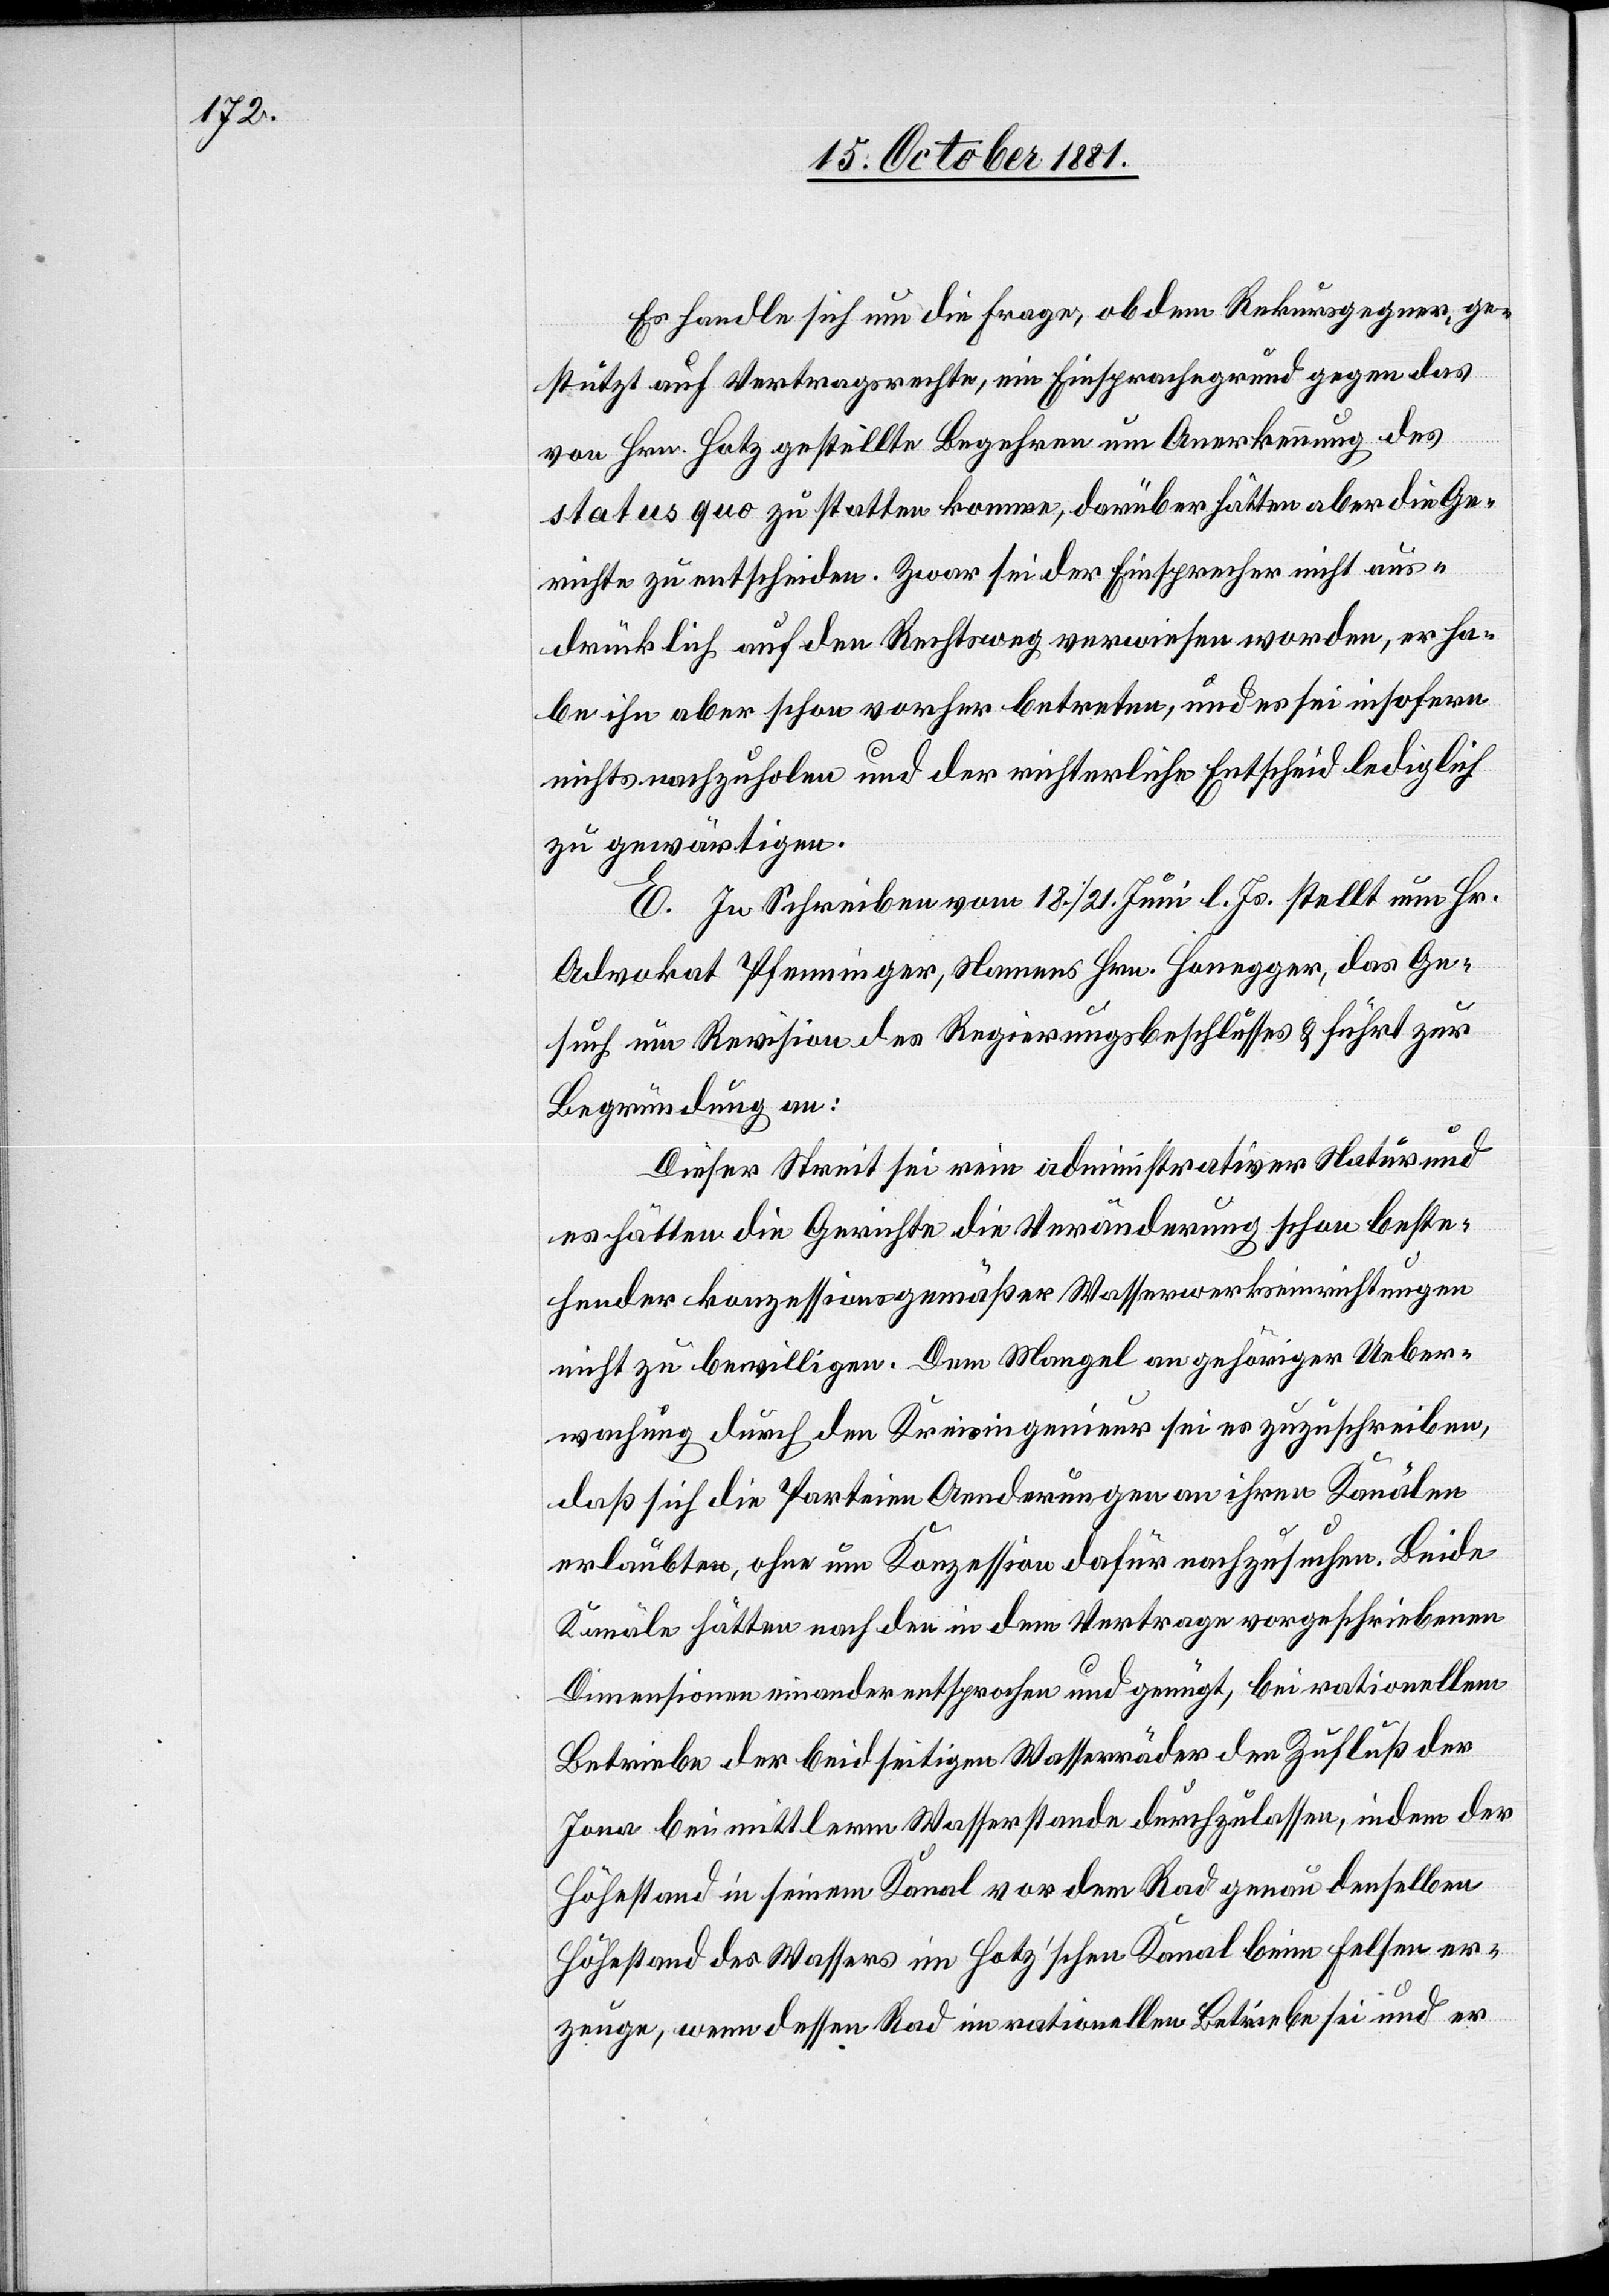
Es handle sich um die Frage, ob dem Rekursgegner, ge¬
stützt auf Vertragsrechte, ein Einsprachegrund gegen das
von Hrn. Hotz gestellte Begehren um Anerkennung des
status quo zustatten komme, darüber hätten aber die Ge¬
richte zu entscheiden. Zwar sei der Einsprecher nicht aus¬
drücklich auf den Rechtsweg verwiesen worden, er ha¬
be ihn aber schon vorher betreten, und es sei insofern
nichts nachzuholen und der richterliche Entscheid lediglich
zu gewärtigen.
E. In Schreiben vom 18./21. Juni l. Js. stellt nun Hr.
Advokat Pfenninger, Namens Hrn. Honegger, das Ge¬
such um Revision des Regierungsbeschlusses & führt zur
Begründung an:
Dieser Streit sei rein administrativer Natur und
es hätten die Gerichte die Veränderung schon beste¬
hender konzessionsgemäßer Wasserwerkseinrichtungen
nicht zu bewilligen. Dem Mangel an gehöriger Ueber¬
wachung durch den Kreisingenieur sei es zuzuschreiben,
daß sich die Parteien Aenderungen an ihren Kanälen
erlaubten, ohne um Konzession dafür nachzusuchen. Beide
Kanäle hätten nach den in dem Vertrage vorgeschriebenen
Dimensionen einander entsprochen und genügt, bei rationellem
Betreiben der beidseitigen Wasserräder den Zufluß der
Jona bei mittlerm Wasserstande durchzulassen, indem der
Höhestand in seinem Kanal vor dem Rad genau denselben
Höhestand des Wassers im Hotz’schen Kanal beim Felsen er¬
zeuge, wenn dessen Rad in rationellem Betriebe sei und er